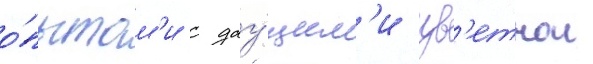
о́пытам'и с дау́щим'и цв'етнои